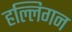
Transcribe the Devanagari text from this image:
हल्लिगन